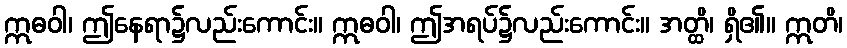
ဣဓဝါ၊ ဤနေရာ၌လည်းကောင်း။ ဣဓဝါ၊ ဤအရပ်၌လည်းကောင်း။ အတ္ထိ၊ ရှိ၏။ ဣတိ၊